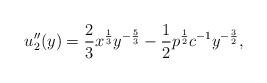
LaTeX: \begin{align*}u_2''(y) = \frac{2}{3} x^{\frac{1}{3}} y^{-\frac{5}{3}} - \frac{1}{2} p^{\frac{1}{2}} c^{-1} y^{-\frac{3}{2}},\end{align*}